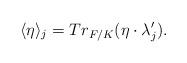
LaTeX: \begin{align*}\langle \eta \rangle_j = Tr_{F/K}(\eta \cdot \lambda_j^{\prime}).\end{align*}